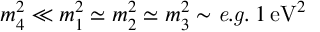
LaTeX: m _ { 4 } ^ { 2 } \ll m _ { 1 } ^ { 2 } \simeq m _ { 2 } ^ { 2 } \simeq m _ { 3 } ^ { 2 } \sim { \it e . g . } \; 1 \, \mathrm { e V } ^ { 2 }